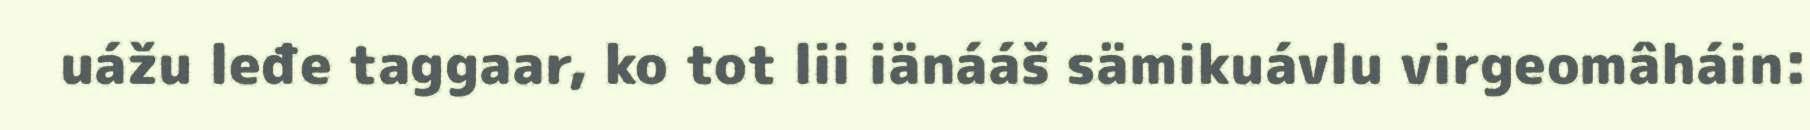
uážu leđe taggaar, ko tot lii iänááš sämikuávlu virgeomâháin: